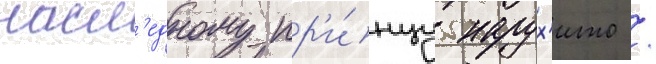
насл'едному пр'и́нцу нарух'ито /